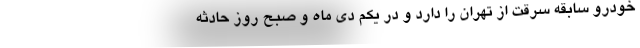
خودرو سابقه سرقت از تهران را دارد و در یکم دی ماه و صبح روز حادثه